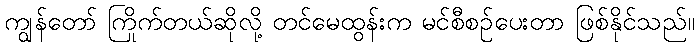
ကျွန်တော် ကြိုက်တယ်ဆိုလို့ တင်မေထွန်းက မင်စီစဉ်ပေးတာ ဖြစ်နိုင်သည်။